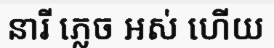
នារី ភ្លេច អស់ ហើយ